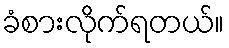
ခံစားလိုက်ရတယ်။